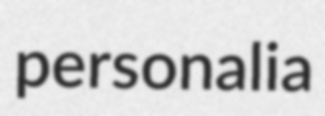
personalia